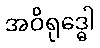
အဝိရုဒ္ဓေါ